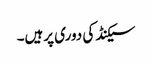
سیکنڈ کی دوری پرہیں۔